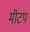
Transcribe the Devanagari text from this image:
मीटप